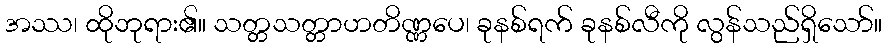
အဿ၊ ထိုဘုရား၏။ သတ္တသတ္တာဟတိဏ္ဏပေ၊ ခုနစ်ရက် ခုနစ်လီကို လွန်သည်ရှိသော်။